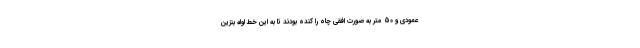
عمودی و 50 متر به صورت افقی چاه را کنده بودند تا به این خط لوله بنزین